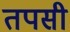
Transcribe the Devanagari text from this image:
तपसी